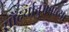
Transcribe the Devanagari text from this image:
सौंदर्यानुभवाच्या